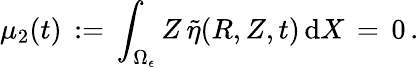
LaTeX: \mu_{2}(t)\, :=\, \int_{\Omega_{\epsilon}}Z\, \tilde{\eta}(R,Z,t)\, \mathrm{d}X\, =\, 0\, .